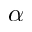
\alpha